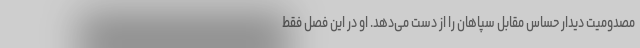
مصدومیت دیدار حساس مقابل سپاهان را از دست می‌دهد. او در این فصل فقط